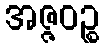
အဇ္ဇဝဉ္စ